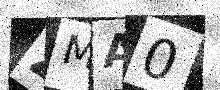
Text: ZMA0